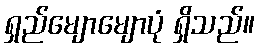
ရှည်မျောမျောပုံ ရှိသည်။